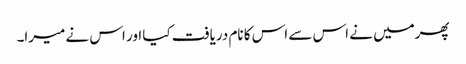
پھرمیں نے اس سے اس کا نام دریافت کیا اور اس نے میرا۔